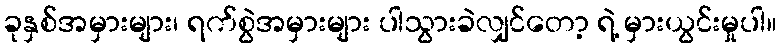
ခုနှစ်အမှားများ၊ ရက်စွဲအမှားများ ပါသွားခဲလျှင်တော့ ရဲ့ မှားယွင်းမှုပါ။